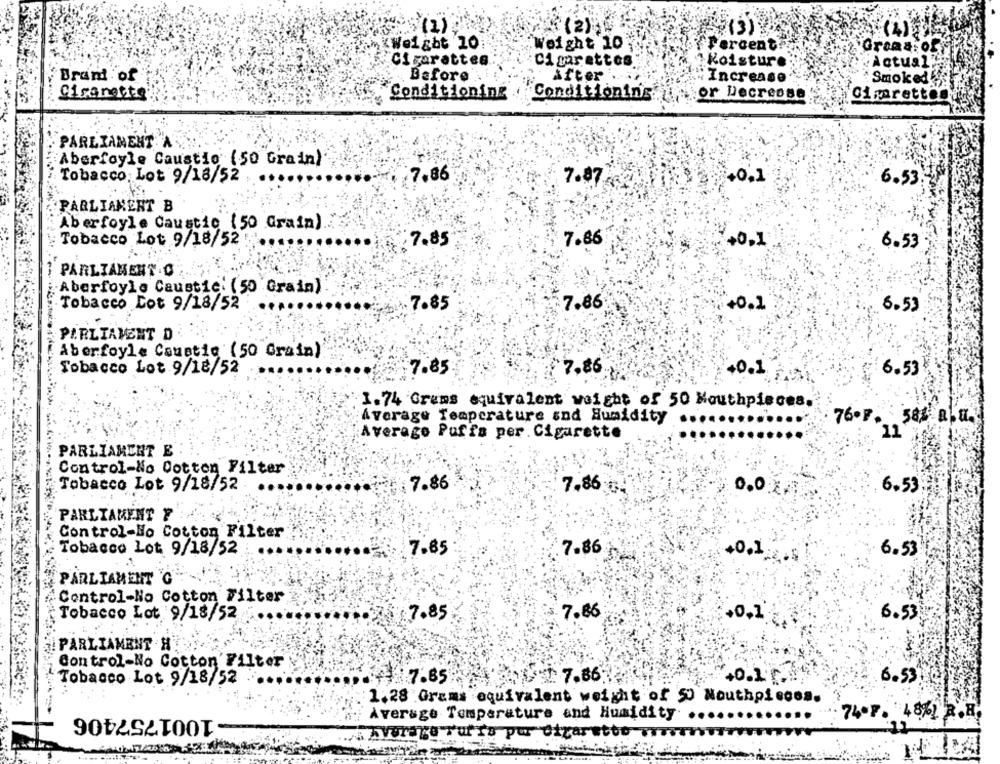
25(1)
KWeight 10
Weight 10
Percent?
Gram&:off
Cigarattes
Cigarettes
Koisture
Actual"
Brant of
Before :
After
# Increase"
Smoked
Gingnotte
Conditioning .
Conditioning
,or Decrease
Cimarettin
PARLIAMENT A
Aberfoyle Caustic (50 Grain)
Tobacco: Lot 9/18/52
7,86
7.87
+0.1
6.53
PARLIAMENT B
Aberfoyle Caustic (50 drain)
Tobacco Lot 9/18/52
7.85
7.86
+0,1
6.53
PARLIAMENT .O
Aberfoyle Caustic: (50 Grain)
Tobacco Cot 9/18/52
.7.85
7.86
:+0,1
6.53
PARLIAMENT D
Aberfoyle Caustic (50 Grain)
Tobacco Lot 9/18/52
17.85
7.86
+0.1
6.53
1.74 Grams equivalent weight of 50 Mouthpieces.
Average Temperature and Humidity
58% alu.
Average Puffs per. Cigarette
76. F . 11
PARLIAMENT E
Control-No Cotton Filter
Tobacco Lot 9/18/52
7.86
7,86
0.02.
6.53
PARLIAMENT F
Control-No Cotton Filter
7.86
Tobacco Lot 9/18/52
7.85
40.1
6.53
PARLIAMENT G
Control-No Cotton Filter
Tobacco Lot 9/18/52
7.85
7.86
+0,1
6.53
PARLIAMENT H
Control-No Cotton'Filter
Tobacco Lot 9/18/52
87.85
: 7.86
6.53
1.28 Grams equivalent weight of SU Mouthpiecea.
-1001757406
Average Temperature and Humidity ...
74.F. 48%) R.H
. Average TurTs por cigarette